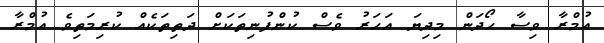
އުމްރާ ވިސާ ހޯދަން މިދިޔަ އަހަރު ވެސް ކުންފުނިތަކަށް ދަތިތަކެއް ކުރިމަތިވެ އުމްރާ